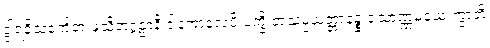
ဒွါရဝိသင်္ကေတံ ဖုသိတဂ္ဂဠာနိ ဒါနကာလေပိ ပက္ခိ တံသမ္ပယုတ္တာနဉ္စ သောဏ္ဏမယေ ကွာတိ